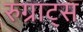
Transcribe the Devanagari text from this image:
रुग्राट्स